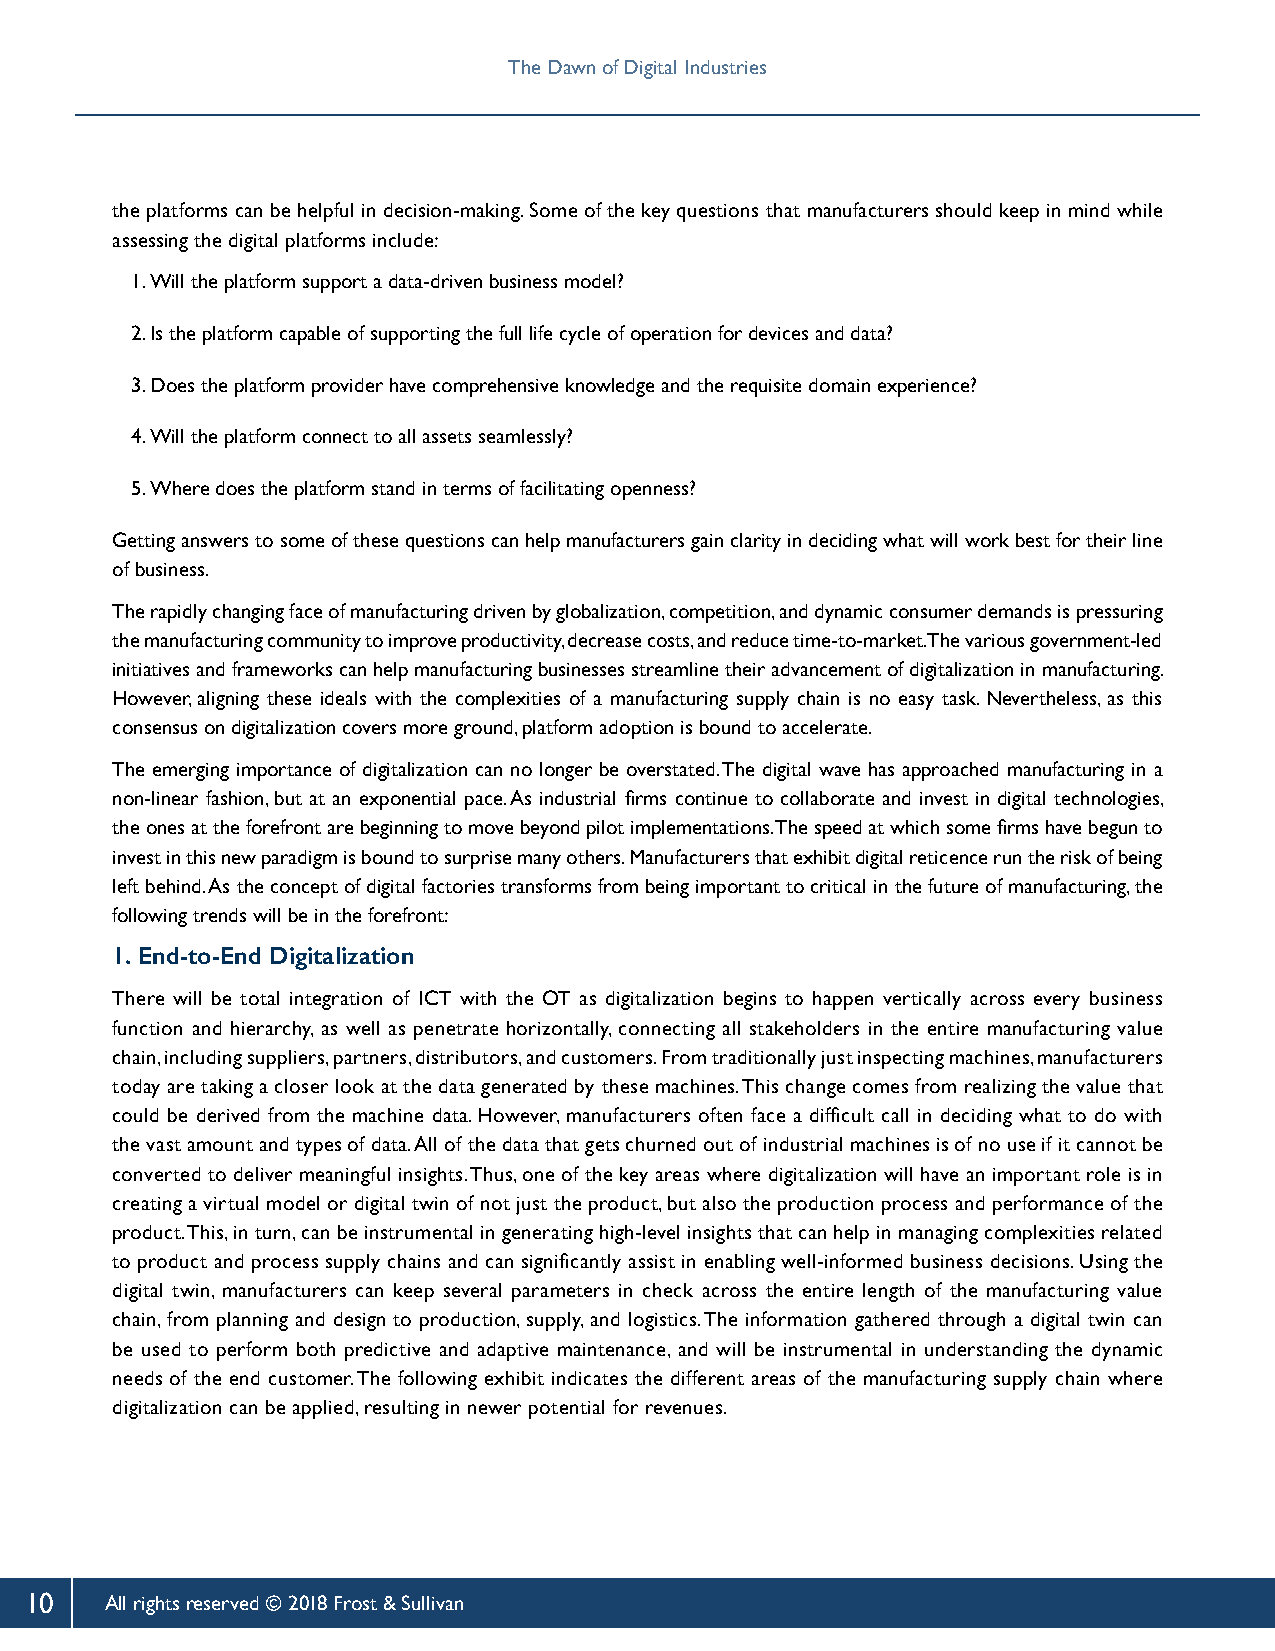
The Dawn of Digital Industries
 the platforms can be helpful in decision-making. Some of the key questions that manufacturers should keep in mind while
 assessing the digital platforms include:
 1. Will the platform support a data-driven business model?
 2. Is the platform capable of supporting the full life cycle of operation for devices and data?
 3. Does the platform provider have comprehensive knowledge and the requisite domain experience?
 4. Will the platform connect to all assets seamlessly?
 5. Where does the platform stand in terms of facilitating openness?
 Getting answers to some of these questions can help manufacturers gain clarity in deciding what will work best for their line
 of business.
 The rapidly changing face of manufacturing driven by globalization, competition, and dynamic consumer demands is pressuring
 the manufacturing community to improve productivity, decrease costs, and reduce time-to-market. The various government-led
 initiatives and frameworks can help manufacturing businesses streamline their advancement of digitalization in manufacturing.
 However, aligning these ideals with the complexities of a manufacturing supply chain is no easy task. Nevertheless, as this
 consensus on digitalization covers more ground, platform adoption is bound to accelerate.
 The emerging importance of digitalization can no longer be overstated. The digital wave has approached manufacturing in a
 non-linear fashion, but at an exponential pace. As industrial firms continue to collaborate and invest in digital technologies,
 the ones at the forefront are beginning to move beyond pilot implementations. The speed at which some firms have begun to
 invest in this new paradigm is bound to surprise many others. Manufacturers that exhibit digital reticence run the risk of being
 left behind. As the concept of digital factories transforms from being important to critical in the future of manufacturing, the
 following trends will be in the forefront:
 1. End-to-End Digitalization
 There will be total integration of ICT with the OT as digitalization begins to happen vertically across every business
 function and hierarchy, as well as penetrate horizontally, connecting all stakeholders in the entire manufacturing value
 chain, including suppliers, partners, distributors, and customers. From traditionally just inspecting machines, manufacturers
 today are taking a closer look at the data generated by these machines. This change comes from realizing the value that
 could be derived from the machine data. However, manufacturers often face a difficult call in deciding what to do with
 the vast amount and types of data. All of the data that gets churned out of industrial machines is of no use if it cannot be
 converted to deliver meaningful insights. Thus, one of the key areas where digitalization will have an important role is in
 creating a virtual model or digital twin of not just the product, but also the production process and performance of the
 product. This, in turn, can be instrumental in generating high-level insights that can help in managing complexities related
 to product and process supply chains and can significantly assist in enabling well-informed business decisions. Using the
 digital twin, manufacturers can keep several parameters in check across the entire length of the manufacturing value
 chain, from planning and design to production, supply, and logistics. The information gathered through a digital twin can
 be used to perform both predictive and adaptive maintenance, and will be instrumental in understanding the dynamic
 needs of the end customer. The following exhibit indicates the different areas of the manufacturing supply chain where
 digitalization can be applied, resulting in newer potential for revenues.
 10   All rights reserved © 2018 Frost & Sullivan